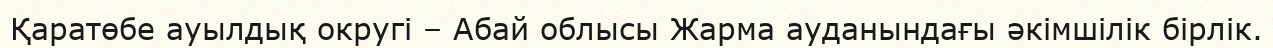
Қаратөбе ауылдық округі – Абай облысы Жарма ауданындағы әкімшілік бірлік.